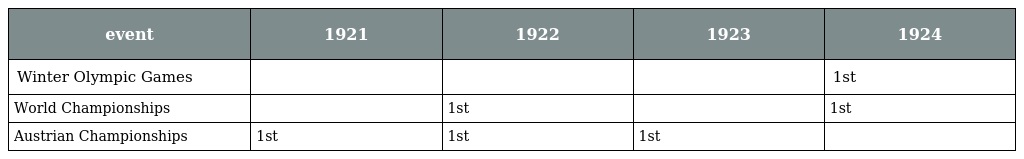
| event | 1921 | 1922 | 1923 | 1924 |
 | --- | --- | --- | --- | --- |
 | Winter Olympic Games |  |  |  | 1st |
 | World Championships |  | 1st |  | 1st |
 | Austrian Championships | 1st | 1st | 1st |  |